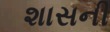
શાસની